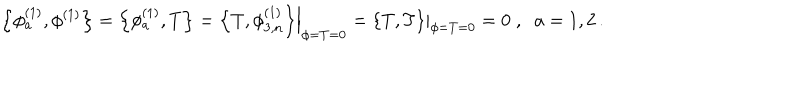
\left\{ \phi _ { a } ^ { ( 1 ) } , \phi ^ { ( 1 ) } \right\} = \left\{ \phi _ { a } ^ { ( 1 ) } , T \right\} = \left. \left\{ T , \phi _ { 3 , n } ^ { ( 1 ) } \right\} \right| _ { \phi = T = 0 } = \left. \left\{ T , T \right\} \right| _ { \phi = T = 0 } = 0 \; , \; \; a = 1 , 2 \, .